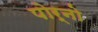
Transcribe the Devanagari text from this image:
पोर्नो